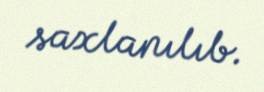
saxlanılıb.